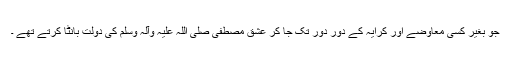
جو بغیر کسی معاوضے اور کرایہ کے دور دور تک جا کر عشق مصطفی صلی اللہ علیہ وآلہ وسلم کی دولت بانٹا کرتے تھے ۔